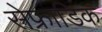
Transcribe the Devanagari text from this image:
सेफ्राडिक